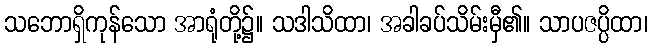
သဘောရှိကုန်သော အာရုံတို့၌။ သဒါသိထာ၊ အခါခပ်သိမ်းမှီ၏။ သာပဇပ္ပိထာ၊